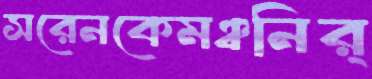
সরেনকেমঞ্চনির্